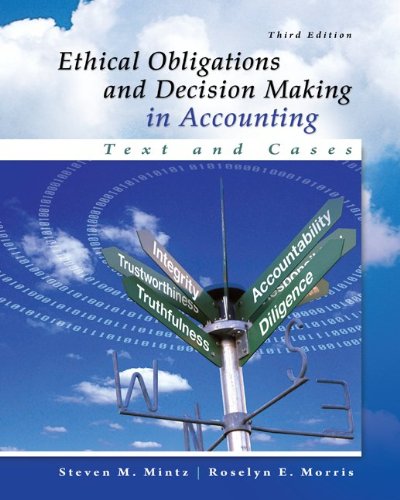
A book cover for Ethical Obligations and Decision-Making in Accounting: Text and Cases; Steven Mintz; Business & Money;